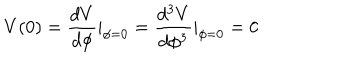
V ( 0 ) = \frac { d V } { d \phi } | _ { \phi = 0 } = \frac { d ^ { 3 } V } { d \phi ^ { 3 } } | _ { \phi = 0 } = 0